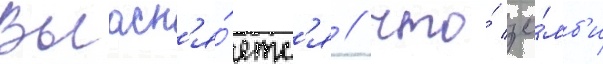
Выасн'я́етс'я / что́ зо́мб'и